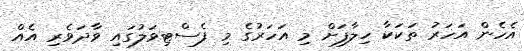
އެހެން އަހަރު ތަކަކާ ހިލާފަށް މި އަހަރުގެ މި ފެސްޓިވަލުގައި ވާދަވެރި އެއް